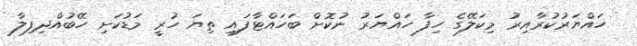
ހައްޔަރުކުރާއިރު މިކަލޭގެ ހިފާ ހައްޔަރު ނުކޮށް ބަހައްޓާފައި ތިޔަ ހުރީ މަޑުކަށި ހޭބުއްދިފިލާ